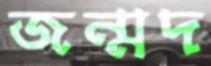
জন্মদ